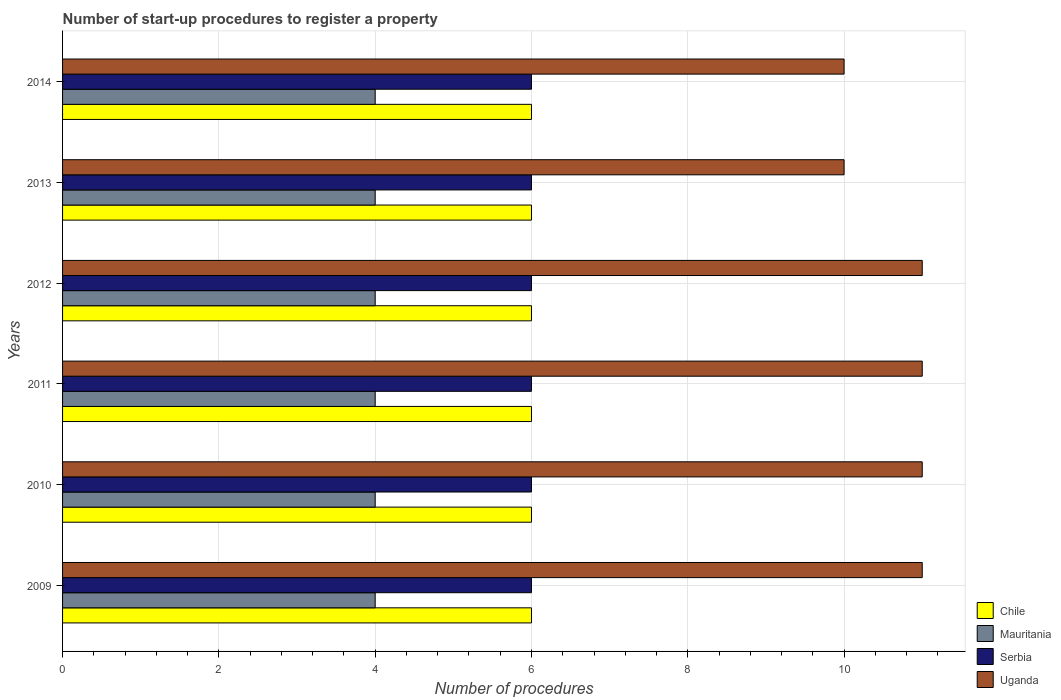
| Years | Chile | Mauritania | Serbia | Uganda |
 | --- | --- | --- | --- | --- |
 | 2009 | 6 | 4 | 6 | 11 |
 | 2010 | 6 | 4 | 6 | 11 |
 | 2011 | 6 | 4 | 6 | 11 |
 | 2012 | 6 | 4 | 6 | 11 |
 | 2013 | 6 | 4 | 6 | 10 |
 | 2014 | 6 | 4 | 6 | 10 |